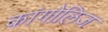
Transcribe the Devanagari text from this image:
कांगोलिज